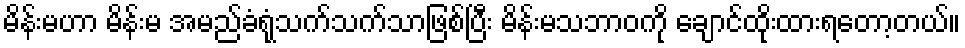
မိန်းမဟာ မိန်းမ အမည်ခံရုံသက်သက်သာဖြစ်ပြီး မိန်းမသဘာဝကို ချောင်ထိုးထားရတော့တယ်။